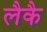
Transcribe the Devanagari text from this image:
लैकै